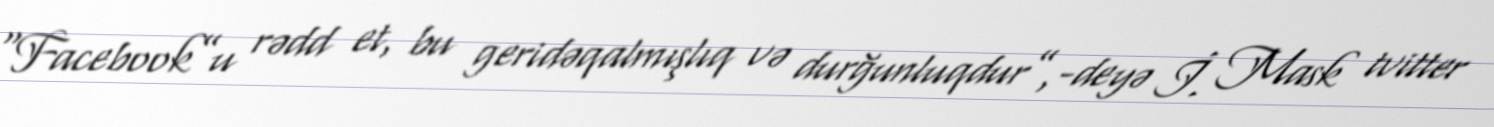
“Facebook”u rədd et, bu geridəqalmışlıq və durğunluqdur”,-deyə İ. Mask tvitter